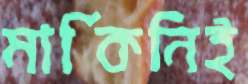
মার্কিনিই